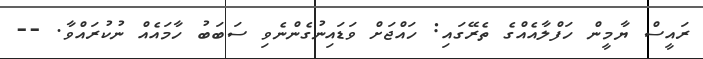
ރައީސް ޔާމީން ހަފްލާއެއްގެ ތެރޭގައި: ހައްޖަށް ވަޑައިނުގެންނެވި ސަބަބު ހާމައެއް ނުކުރައްވާ. --